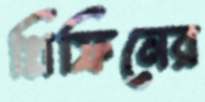
গ্রিফিনের